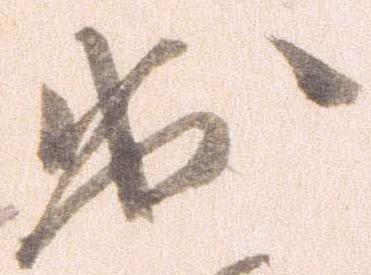
出